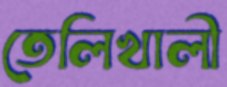
তেলিখালী